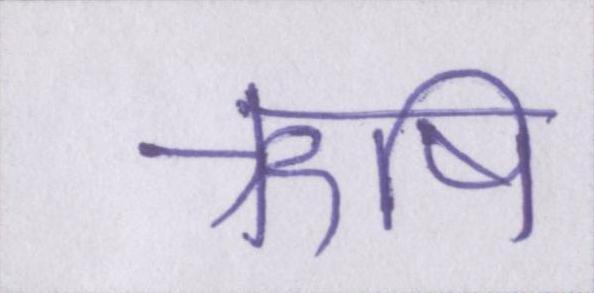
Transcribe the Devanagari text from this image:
ऋषि